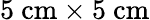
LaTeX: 5\ \mathrm{cm}\times 5\ \mathrm{cm}